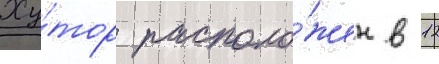
Ху́тор располо́жен в 12